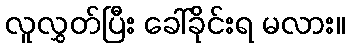
လူလွှတ်ပြီး ခေါ်ခိုင်းရ မလား။